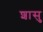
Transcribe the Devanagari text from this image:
शासु